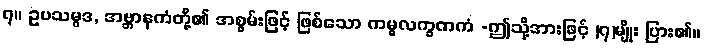
၇။ ဥပသမ္ပဒ, အဗ္ဘာနကံတို့၏ အစွမ်းဖြင့် ဖြစ်သော ကမ္မလက္ခဏကံ -ဤသို့အားဖြင့် (၇)မျိုး ပြား၏။